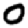
Digit: 0